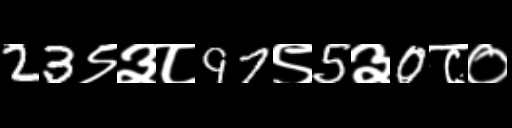
Text: 23९३८97९5३0८०